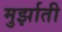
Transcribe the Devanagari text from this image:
मुर्झाती